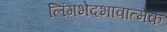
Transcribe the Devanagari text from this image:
लिंगभेदभावात्मक